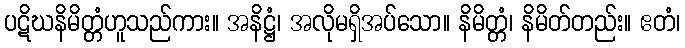
ပဋိဃနိမိတ္တံဟူသည်ကား။ အနိဋ္ဌံ၊ အလိုမရှိအပ်သော။ နိမိတ္တံ၊ နိမိတ်တည်း။ ဧတံ၊